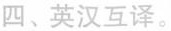
四、英汉互译。